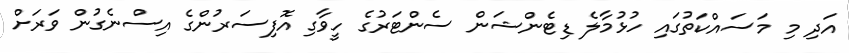
އަދި މި މަސައްކަތުގައި ހުޅުމާލެ ޑިޓެންޝަން ސެންޓަރުގެ ހީވާގި އޮފިސަރުންގެ އިސްނެގުން ވަރަށް